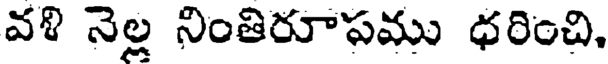
వళి నెల్ల నింతిరూపము ధరించి.